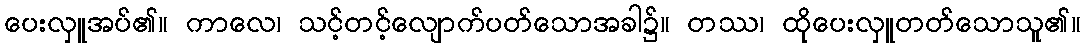
ပေးလှူအပ်၏။ ကာလေ၊ သင့်တင့်လျောက်ပတ်သောအခါ၌။ တဿ၊ ထိုပေးလှူတတ်သောသူ၏။